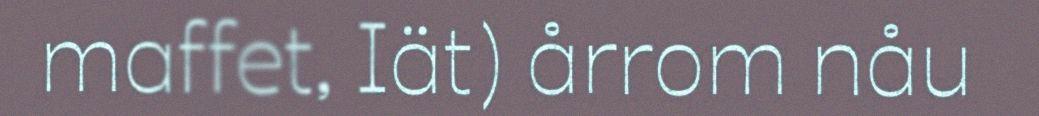
maffet, Iät) årrom nåu